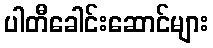
ပါတီခေါင်းဆောင်များ